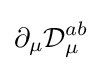
\partial _{\mu }{\mathcal {D}}_{\mu }^{ab}\;